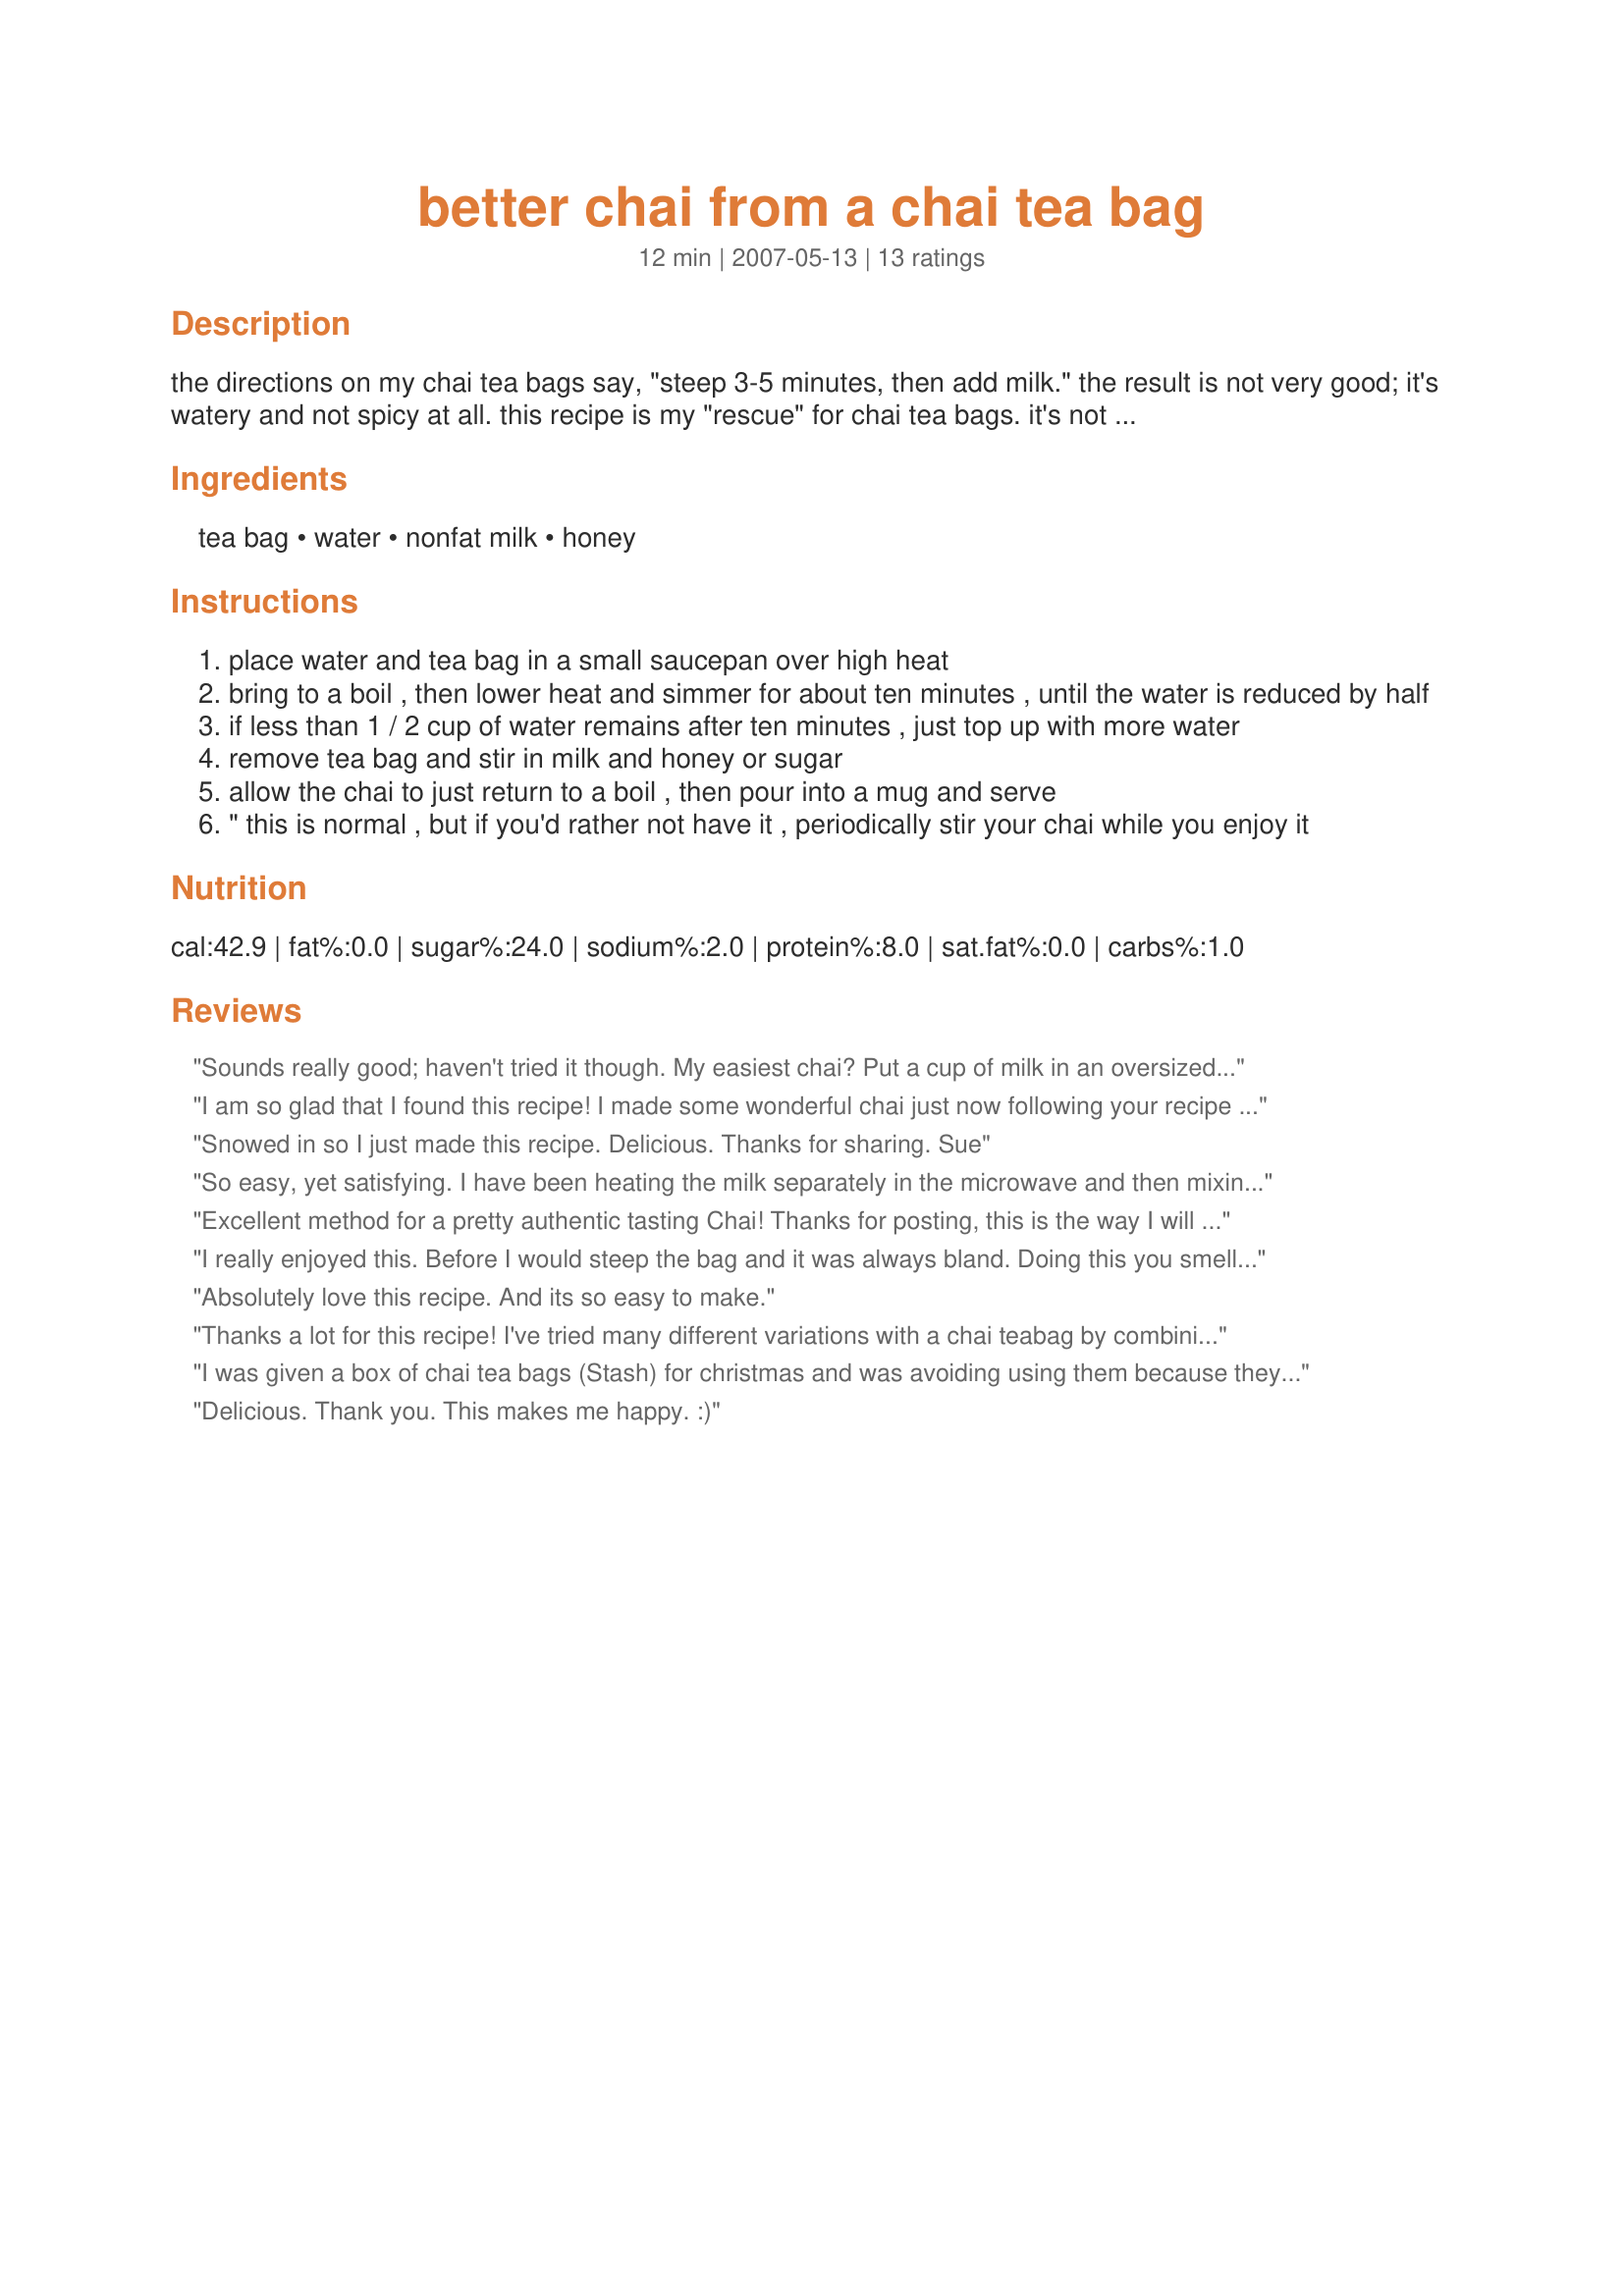
better chai from a chai tea bag
Preparation time: 12 minutes

the directions on my chai tea bags say, "steep 3-5 minutes, then add milk." the result is not very good; it's watery and not spicy at all. this recipe is my "rescue" for chai tea bags. it's not exactly chai like you get in india, but it's closer at least!

Ingredients:
tea bag, water, nonfat milk, honey

Steps:
place water and tea bag in a small saucepan over high heat
bring to a boil , then lower heat and simmer for about ten minutes , until the water is reduced by half
if less than 1 / 2 cup of water remains after ten minutes , just top up with more water
remove tea bag and stir in milk and honey or sugar
allow the chai to just return to a boil , then pour into a mug and serve
" this is normal , but if you'd rather not have it , periodically stir your chai while you enjoy it

Reviews:
Sounds really good; haven't tried it though.

My easiest chai? Put a cup of milk in an oversized, microwavable mug, add the chai tea bag and nuke until boiling. Take out, steep a bit longer, add sweetner. Nice and rich, not watery at all.......
I am so glad that I found this recipe! I made some wonderful chai just now following your recipe and it&#039;s what I&#039;m totally doing from now on! I bet you could do it with other teas too and create other tea lattes, like green or black tea and it would be like milk tea maybe?
Snowed in so I just made this recipe. Delicious. Thanks for sharing. Sue
So easy, yet satisfying. I have been heating the milk separately in the microwave and then mixing with the chai and sweetener. Two different brands of chai tea bags have been great. This was a terrific tip!
Excellent method for a pretty authentic tasting Chai! Thanks for posting, this is the way I will always make Chai in the future :)
I really enjoyed this. Before I would steep the bag and it was always bland. Doing this you smell the spices all through the house and the flavor is so much better. I use 1 1/4 cups water and half the amount of milk because I want to taste the spices more. Excellent recipe, thank you.
Absolutely love this recipe. And its so easy to make.
Thanks a lot for this recipe! I've tried many different variations with a chai teabag by combining various recipes, but most of them were catastrophes. This recipe is not only good, but simple! Thanks again.

allimarie
I was given a box of chai tea bags (Stash) for christmas and was avoiding using them because they were so watery! I had a craving for chai and came online and found your recipe and I tried it right away. What a difference! I didn't use milk, but I had non fat non dairy creamer and that worked out just fine-it was spicy and rich flavored and not disappointing at all. Thanks! So glad you thought of this!
Delicious. Thank you. This makes me happy. :)
Great tea. Thanks. The spices do come out and it is just yummy.
This was good ! 
I still prefer making from scratch but if you are using a bag this is the way to go. I used celestial seasonings brand and doubled the recipe. Thanks for sharing it.
Have used the recipe before and it was grand! I'm planning to use it again but I don't have honey so I'm planning to use maple syrup. I'll make sure to update on how it turns out.
